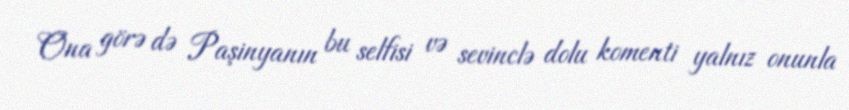
Ona görə də Paşinyanın bu selfisi və sevinclə dolu komenti yalnız onunla